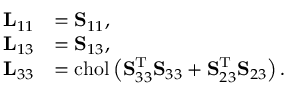
{ \begin{array} { r l } { \mathbf { L } _ { 1 1 } } & { = \mathbf { S } _ { 1 1 } , } \\ { \mathbf { L } _ { 1 3 } } & { = \mathbf { S } _ { 1 3 } , } \\ { \mathbf { L } _ { 3 3 } } & { = \mathrm { c h o l } \left( \mathbf { S } _ { 3 3 } ^ { \mathrm { T } } \mathbf { S } _ { 3 3 } + \mathbf { S } _ { 2 3 } ^ { \mathrm { T } } \mathbf { S } _ { 2 3 } \right) . } \end{array} }